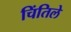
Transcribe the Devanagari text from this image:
चिंतिले